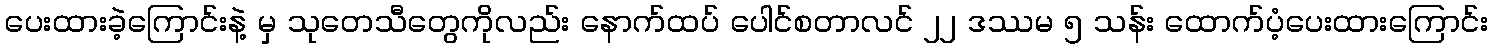
ပေးထားခဲ့ကြောင်းနဲ့ မှ သုတေသီတွေကိုလည်း နောက်ထပ် ပေါင်စတာလင် ၂၂ ဒဿမ ၅ သန်း ထောက်ပံ့ပေးထားကြောင်း